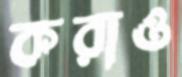
করাও